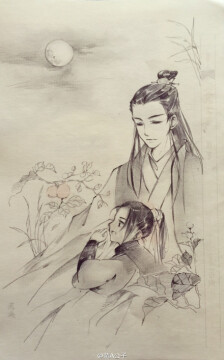
又疑瑶台镜，飞在青云端。